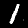
Label: 1